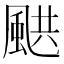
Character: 𩗄